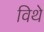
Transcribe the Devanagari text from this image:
विथे